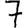
Digit: 7